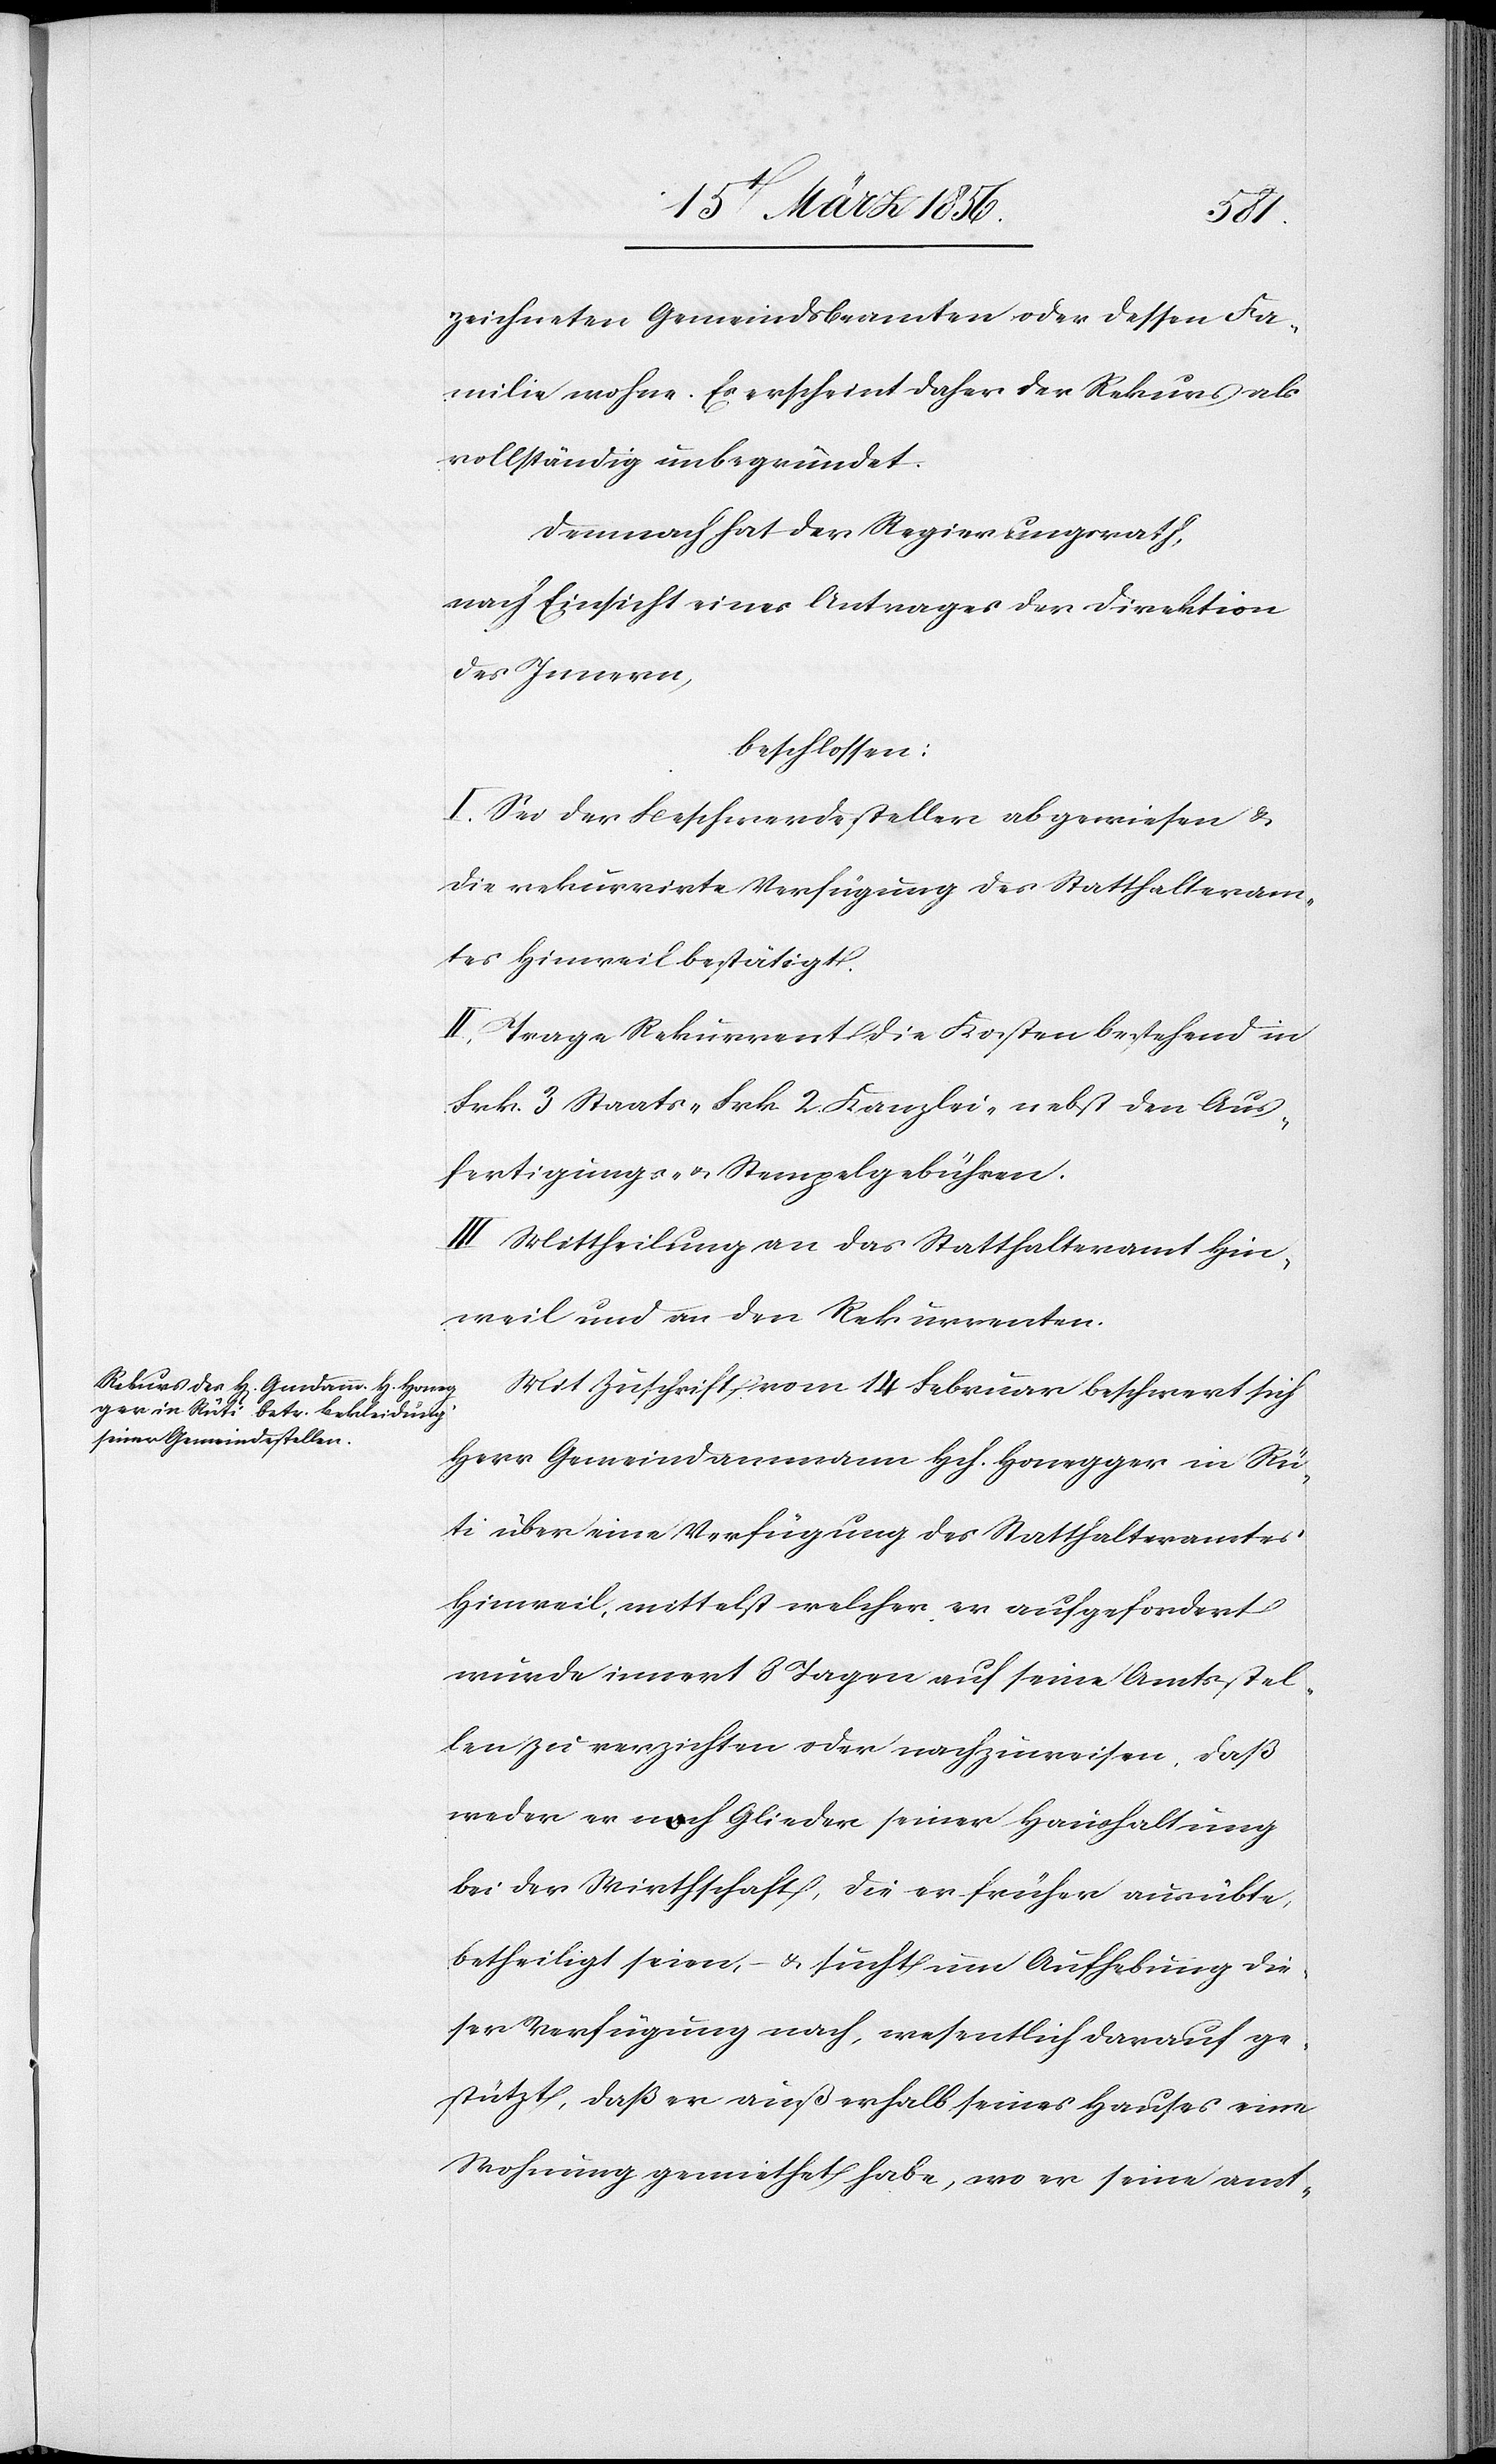
zeichneten Gemeindsbeamten oder dessen Fa¬
milie wohne. Es erscheint daher der Rekurs als
vollständig unbegründet.
Demnach hat der Regierungsrath,
nach Einsicht eines Antrages der Direktion
des Innern,
beschlossen:
I. Sei der Beschwerdesteller abgewiesen &
die rekurrirte Verfügung des Statthalteram¬
tes Hinweil bestätigt.
II. Trage Rekurrent die Kosten bestehend in
Frk. 3 Staats-[,] Frk. 2. Kanzlei- nebst den Aus¬
fertigungs- & Stempelgebühren.
III. Mittheilung an das Statthalteramt Hin¬
weil und an den Rekurrenten.
Mit Zuschrift vom 14 Februar beschwert sich
Herr Gemeindammann Hch. Honegger in Rü¬
ti über eine Verfügung des Statthalteramtes
Hinweil, mittelst welcher er aufgefordert
würde innert 8 Tagen auf seine Amtsstel¬
len zu verzichten oder nachzuweisen, daß
weder er noch Glieder seiner Haushaltung
bei der Wirthschaft, die er früher ausübte,
betheiligt seien, – & sucht um Aufhebung die¬
ser Verfügung nach, wesentlich darauf ge¬
stützt, daß er außerhalb seines Hauses eine
Wohnung gemiethet habe, wo er seine amt-